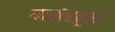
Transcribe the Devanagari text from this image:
गाशेरब्रुम